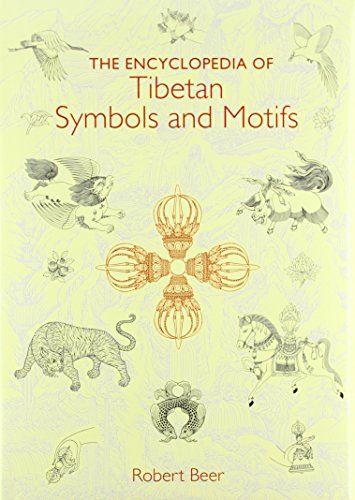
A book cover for The Encyclopedia of Tibetan Symbols and Motifs; Robert Beer; Arts & Photography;